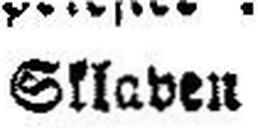
Sklaven